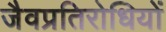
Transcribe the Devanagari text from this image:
जैवप्रतिरोधियों